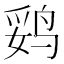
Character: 𱉻